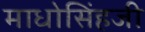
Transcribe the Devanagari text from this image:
माधोसिंहजी